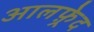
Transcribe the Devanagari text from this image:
आलफ़्रेद